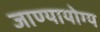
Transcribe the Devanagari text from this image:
जाण्यायोग्य